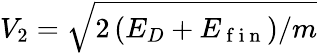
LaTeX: V_{2}=\sqrt{2\left(E_{D}+E_{\mathrm{~f~i~n~}}\right)/m}